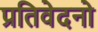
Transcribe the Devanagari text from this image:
प्रतिवेदनो